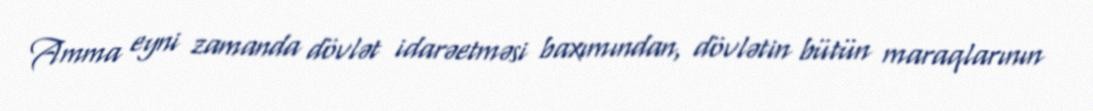
Amma eyni zamanda dövlət idarəetməsi baxımından, dövlətin bütün maraqlarının